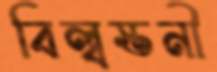
বিল্বস্তনী